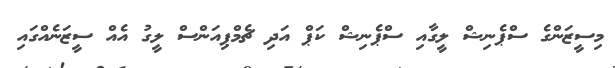
މިސީޒަންގެ ސްޕެނިޝް ލީގާއި ސްޕެނިޝް ކަޕް އަދި ޗެމްޕިއަންސް ލީގު އެއް ސީޒަނެއްގައި